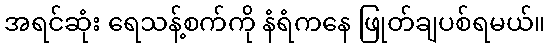
အရင်ဆုံး ရေသန့်စက်ကို နံရံကနေ ဖြုတ်ချပစ်ရမယ်။